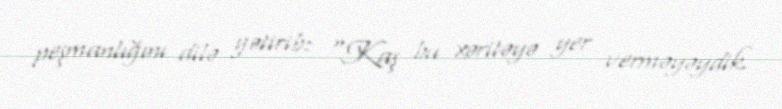
peşmanlığını dilə gətirib: “Kaş bu xəritəyə yer verməyəydik.